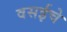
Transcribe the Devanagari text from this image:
वसईचे